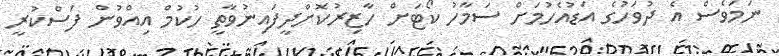
ނަމަވެސް އެ ދުވަހުގެ އަޑުއެހުމަށް ސަމާހު ކޯޓަށް ހާޒިރުކޮށްދީފައިނުވާތީ ހުކުމް އިއްވުން ފަސްކުރީ